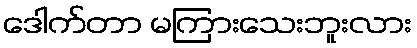
ဒေါက်တာ မကြားသေးဘူးလား